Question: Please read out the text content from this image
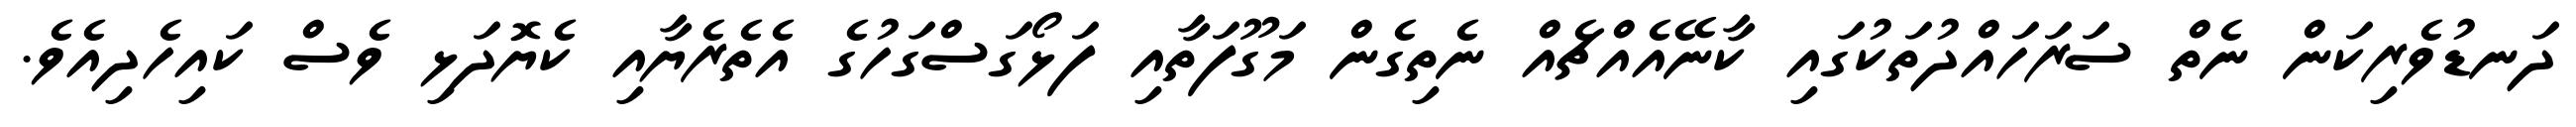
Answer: ދަނޑުވެރިކަން ނެތް ސަރަހައްދުތަކުގައި ކާނޭއެއްޗެއް ނެތިގެން މަގޫފަތާއި ފަޅޯގަސްގަހުގެ އެތެރެޔާއި ކެޔޮދަޅި ވެސް ކައިހެދިއެވެ.